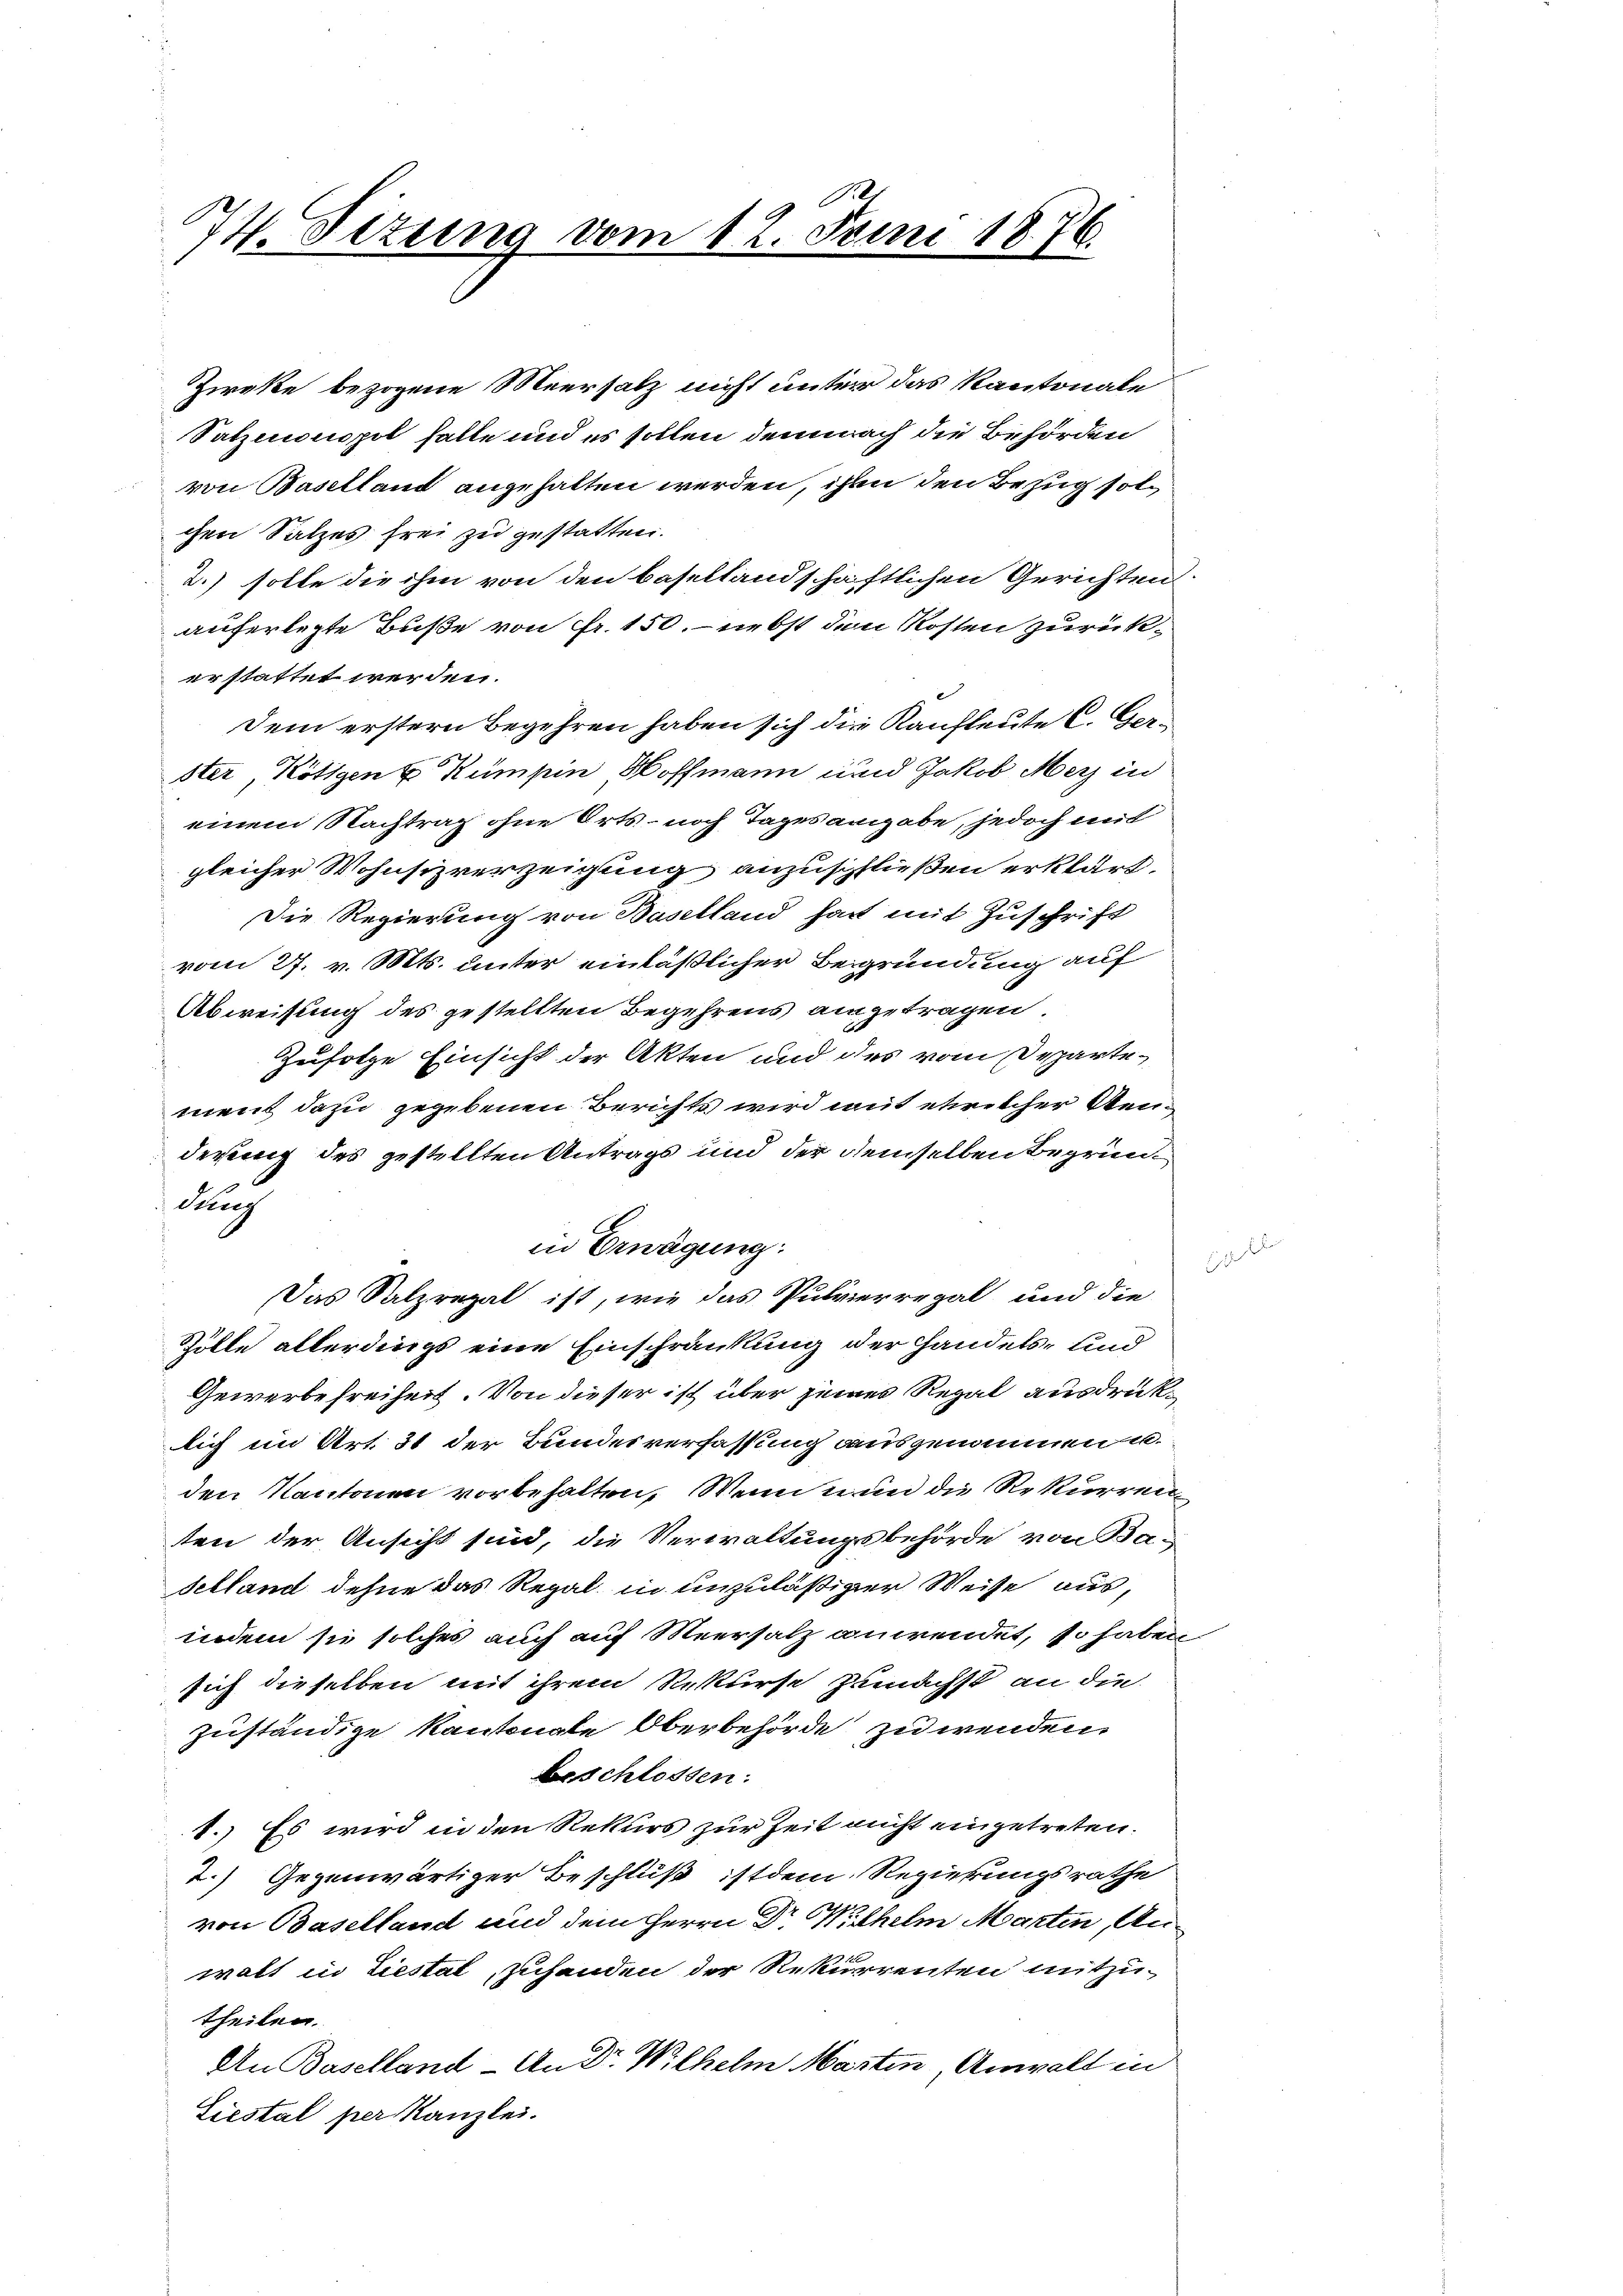
74. Sizung vom 12. Juni 1876.

Zieke bezogene Meersatz nicht unter das Kantonale
Satzionspol falle und es sollen demnach die Behörden
von Baselland angehalten werden, ihm den Bezug solchen Satzes frei zu gestatten.
2.) solle die ihm von den basellandschaftlichen Gerichten.
auferlegte Buße von Fr. 150. — nebst den Kosten zurücker stattet werden.
Dem erstern Begehren haben sich die Kaufleute C. Gerster, Kötigen & Kümpin Hoffmann und Jakob Merz in
einem Nachtrag ohne Orts- noch Tages angabe, jedoch mit
gleicher Wohnsizverzeigung anzuschließen erklärt.
Die Regierung von Baselland hat mit Zuschrift
vom 27. v. Mts. unter einläßlicher Begründung auf
Abweisung des gestellten Begehrens angetragen
Zufolge Einsicht der Akten und des vom Departement dazu gegebenen Berichts wird mit etwelcher Aenderung des gestellten Antrags und der demselben Begründung
in Erwägung:
Das Salzregal ist, wie das Pulvierregal und die
Zölle allerdings eine Einschränkung der Handels- und
Gewerbefreiheit. Von dieser ist über seines Regal ausdrüklich im Art. 31 der Bundesverfassung ausgenommen u.
den Kantonen vorbehalten. Wenn nun die Rekurren
ten der Ansicht sind, die Verwaltungsbehörde von Baselland dehne das Regal in unzuläßiger Weise aus,
indem sie solches auch auf Meersalz anwendet, so haben
sich dieselben mit ihrem Rekurse zunächst an die
zuständige Kantonale Oberbehörde zu wenden.
Beschlossen:
1.) Es wird in den Rekurs zur Zeit nicht eingetreten.
2.) Gegenwärtiger Beschluß ist dem Regierungsrathe
von Baselland und dem Herrn Dr. Wilhelm Martin, Anwalt in Liestat, zuhanden der Rekurrenten mitzutheilen.
An Baselland - An Dr. Wilhelm Martin Anwalt in
Liestal per Kanzlei.